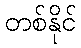
တစ်နိုင်